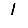
Digit: 1